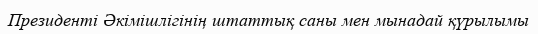
Президенті Әкімішлігінің штаттық саны мен мынадай қүрылымы